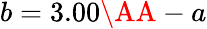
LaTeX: b=3.00\textrm{\AA}-a